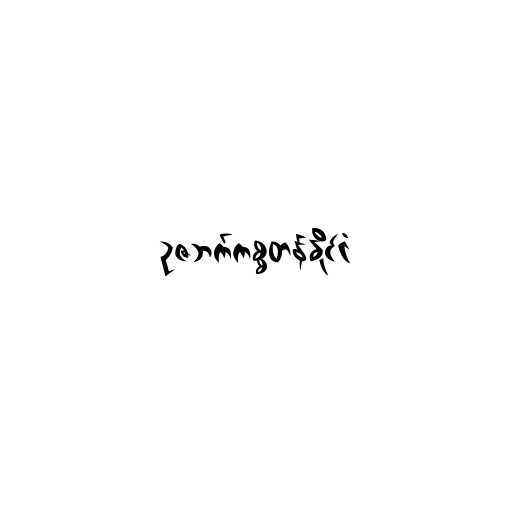
ဥဇဘက်ကစ္စတန်နိုင်ငံ